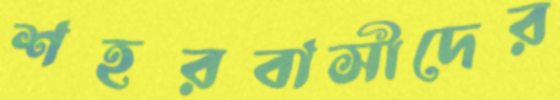
শহরবাসীদের